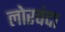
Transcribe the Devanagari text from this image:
लोरचंदा